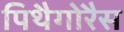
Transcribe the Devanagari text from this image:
पिथैगोरैस